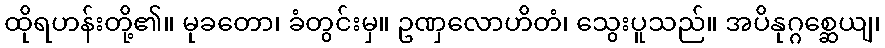
ထိုရဟန်းတို့၏။ မုခတော၊ ခံတွင်းမှ။ ဥဏှလောဟိတံ၊ သွေးပူသည်။ အပိနုဂ္ဂစ္ဆေယျ၊